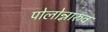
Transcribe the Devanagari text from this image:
पोलोन्नारुव